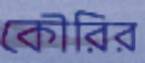
কৌরির